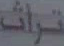
تراث